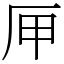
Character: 㕅